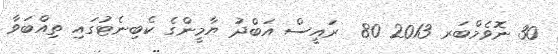
30 ނޮވެމްބަރ 2013 80  ރައީސް އަބްދު ޔާމީންގެ ކެބިނެޓުގައި ތިއްބަވާ